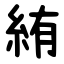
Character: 絠